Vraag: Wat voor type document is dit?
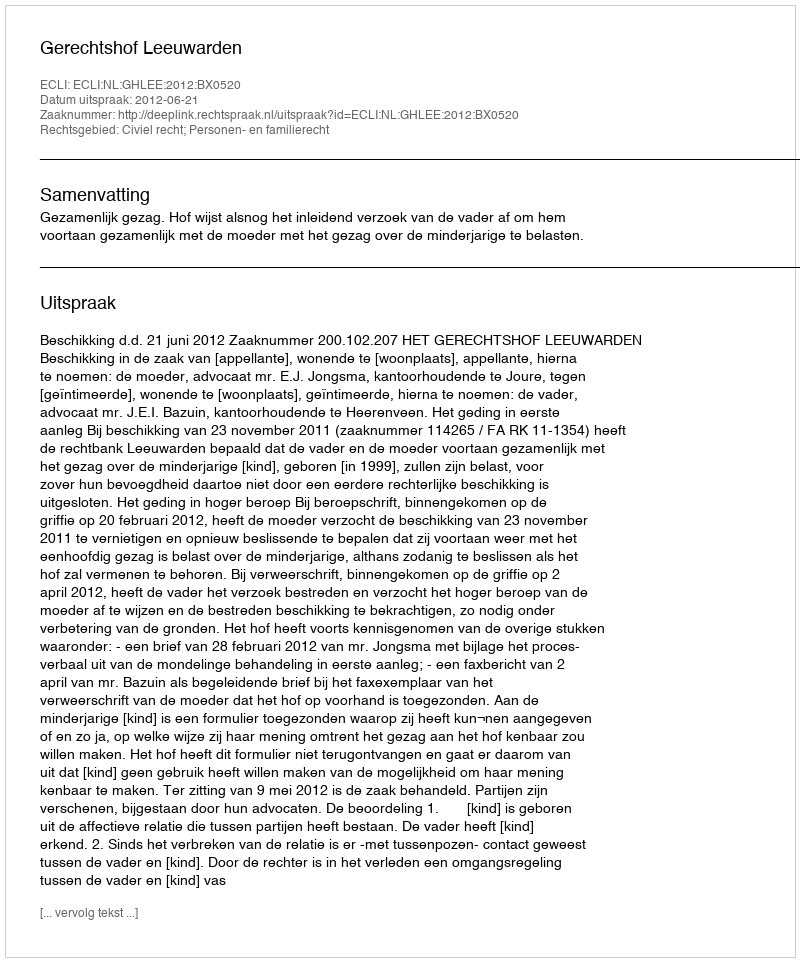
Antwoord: Uitspraak